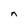
Character: n